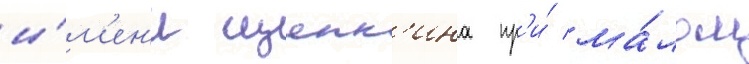
и́м'ен'и щепк'ина пр'и́ ма́лом